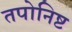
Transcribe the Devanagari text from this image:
तपोनिष्ट